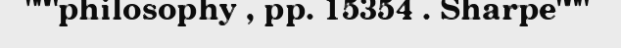
"""philosophy , pp. 15354 . Sharpe"""